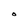
Character: O